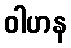
ဝါဟန